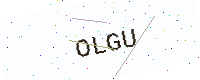
Text: OLGU